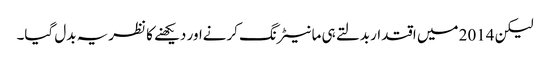
لیکن 2014 میں اقتدار بدلتے ہی مانیٹرنگ کرنےاور دیکھنے کا نظریہ بدل گیا۔